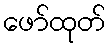
ဖော်ထုတ်